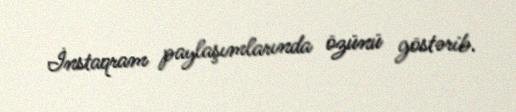
İnstaqram paylaşımlarında özünü göstərib.